Lock hospitals Punjab
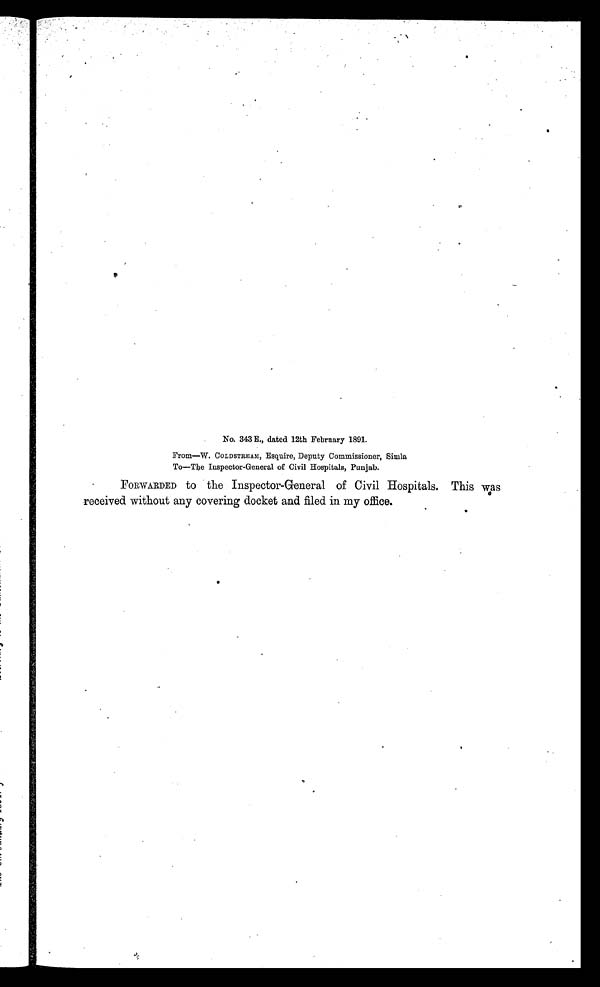
No. 343 E., dated 12th February 1891.
From—W. COLDSTREAM, Esquire, Deputy Commissioner, Simla
To—The Inspector-General of Civil Hospitals, Punjab.
FORWARDED to the Inspector-General of Civil Hospitals. This was
received without any covering docket and filed in my office.